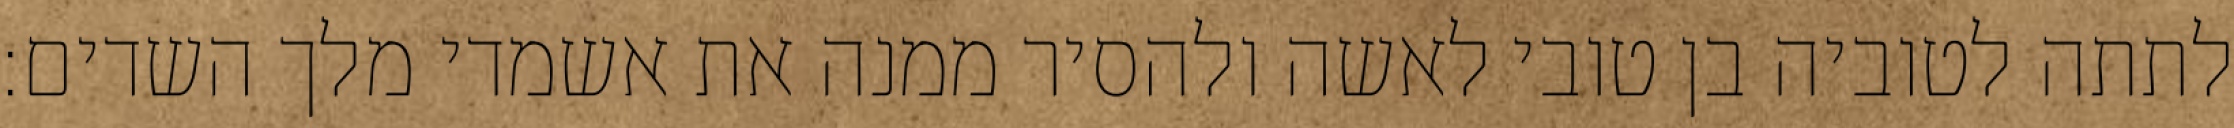
לתתה לטוביה בן טובי לאשה ולהסיר ממנה את אשמדי מלך השדים: